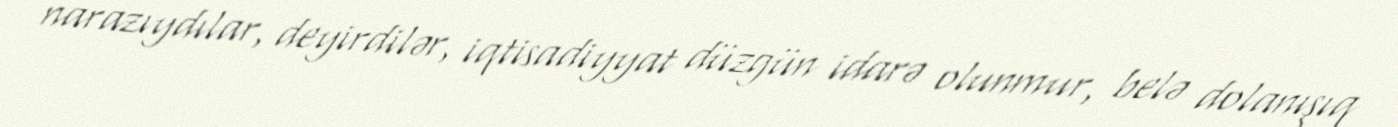
narazıydılar, deyirdilər, iqtisadiyyat düzgün idarə olunmur, belə dolanışıq